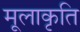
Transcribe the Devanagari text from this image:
मूलाकृति